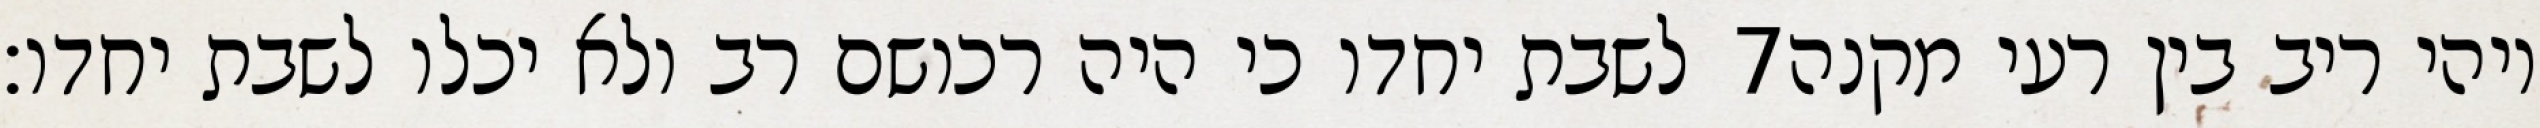
לשבת יחדו כי היה רכושם רב ולא יכלו לשבת יחדו׃ ‎7‏ ויהי ריב בין רעי מקנה